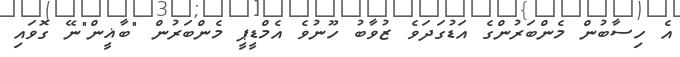
އެ ހިސާބުން މެންބަރުންގެ އަޑުގަދަވެ ޒުވާބު ހޫނުވެ އެމްޑީޕީ މެންބަރުން "ބާޣީން"ނޭ ގޮވައި